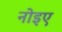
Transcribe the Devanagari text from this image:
नोइए